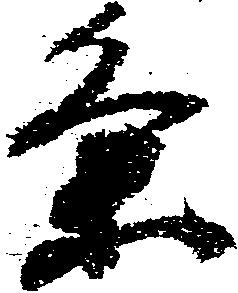
条